Vaccination in Bombay 1869-1873 - 1869-1873
Year: 1869
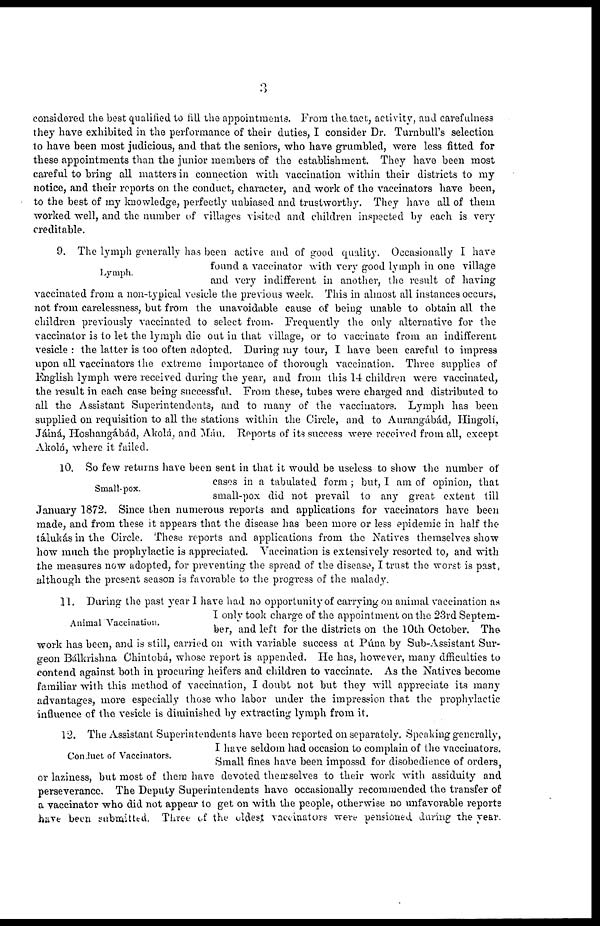
3
considered the best qualified to fill the appointments. From the tact, activity, and carefulness
they have exhibited in the performance of their duties, I consider Dr. Turnbull's selection
to have been most judicious, and that the seniors, who have grumbled, were less fitted for
these appointments than the junior members of the establishment. They have been most
careful to bring all matters in connection with vaccination within their districts to my
notice, and their reports on the conduct, character, and work of the vaccinators have been,
to the best of my knowledge, perfectly unbiased and trustworthy. They have all of them
worked well, and the number of villages visited and children inspected by each is very
creditable.
Lymph.
9. The lymph generally has been active and of good quality. Occasionally I have
found a vaccinator with very good lymph in one village
and very indifferent in another, the result of having
vaccinated from a non-typical vesicle the previous week. This in almost all instances occurs,
not from carelessness, but from the unavoidable cause of being unable to obtain all the
children previously vaccinated to select from. Frequently the only alternative for the
vaccinator is to let the lymph die out in that village, or to vaccinate from an indifferent
vesicle : the latter is too often adopted. During my tour, I have been careful to impress
upon all vaccinators the extreme importance of thorough vaccination. Three supplies of
English lymph were received during the year, and from this 14 children were vaccinated,
the result in each case being successful. From these, tubes were charged and distributed to
all the Assistant Superintendents, and to many of the vaccinators. Lymph has been
supplied on requisition to all the stations within the Circle, and to Aurangábád, Hingoli,
Jáiná, Hoshangábád, Akolá, and Máu. Reports of its success were received from all, except
Akolá, where it failed.
Small-pox.
10. So few returns have been sent in that it would be useless to show the number of
cases in a tabulated form ; but, I am of opinion, that
small-pox did not prevail to any great extent till
January 1872. Since then numerous reports and applications for vaccinators have been
made, and from these it appears that the disease has been more or less epidemic in half the
tálukás in the Circle. These reports and applications from the Natives themselves show
how much the prophylactic is appreciated. Vaccination is extensively resorted to, and with
the measures now adopted, for preventing the spread of the disease, I trust the worst is past,
although the present season is favorable to the progress of the malady.
Animal Vaccination.
11. During the past year I have had no opportunity of carrying on animal vaccination as
I only took charge of the appointment on the 23rd Septem-
ber, and left for the districts on the 10th October. The
work has been, and is still, carried on with variable success at Púna by Sub-Assistant Sur--
geon Bálkrishna Chintobá, whose report is appended. He has, however, many difficulties to
contend against both in procuring heifers and children to vaccinate. As the Natives become
familiar with this method of vaccination, I doubt not but they will appreciate its many
advantages, more especially those who labor under the impression that the prophylactic
influence of the vesicle is diminished by extracting lymph from it.
Conduct of Vaccinators.
12. The Assistant Superintendents have been reported on separately. Speaking generally,
I have seldom had occasion to complain of the vaccinators.
Small fines have been impossd for disobedience of orders,
or laziness, but most of them have devoted themselves to their work with assiduity and
perseverance. The Deputy Superintendents have occasionally recommended the transfer of
a vaccinator who did not appear to get on with the people, otherwise no unfavorable reports
have been submitted. Three of the oldest vaccinators were pensioned during the year.